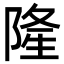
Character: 隆